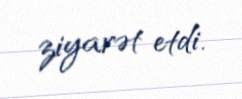
ziyarət etdi.